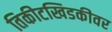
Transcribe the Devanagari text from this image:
तिकीटखिडकीवर